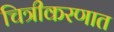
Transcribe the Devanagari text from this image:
चित्रीकरणात